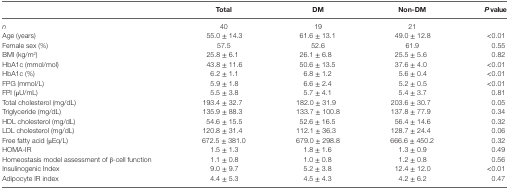
|  | Total | DM | Non-DM | P value |
 | --- | --- | --- | --- | --- |
 | n | 40 | 19 | 21 |  |
 | Age (years) | 55.0 ± 14.3 | 61.6 ± 13.1 | 49.0 ± 12.8 | <0.01 |
 | Female sex (%) | 57.5 | 52.6 | 61.9 | 0.55 |
 | BMI (kg/m2) | 25.8 ± 6.1 | 26.1 ± 6.8 | 25.5 ± 5.6 | 0.82 |
 | HbA1c (mmol/mol) | 43.8 ± 11.6 | 50.6 ± 13.5 | 37.6 ± 4.0 | <0.01 |
 | HbA1c (%) | 6.2 ± 1.1 | 6.8 ± 1.2 | 5.6 ± 0.4 | <0.01 |
 | FPG (mmol/L) | 5.9 ± 1.8 | 6.6 ± 2.4 | 5.2 ± 0.5 | <0.01 |
 | FPI (μU/mL) | 5.5 ± 3.8 | 5.7 ± 4.1 | 5.4 ± 3.7 | 0.81 |
 | Total cholesterol (mg/dL) | 193.4 ± 32.7 | 182.0 ± 31.9 | 203.6 ± 30.7 | 0.05 |
 | Triglyceride (mg/dL) | 135.9 ± 88.3 | 133.7 ± 100.8 | 137.8 ± 77.9 | 0.34 |
 | HDL cholesterol (mg/dL) | 54.6 ± 15.5 | 52.6 ± 16.5 | 56.4 ± 14.6 | 0.32 |
 | LDL cholesterol (mg/dL) | 120.8 ± 31.4 | 112.1 ± 36.3 | 128.7 ± 24.4 | 0.06 |
 | Free fatty acid (μEq/L) | 672.5 ± 381.0 | 679.0 ± 298.8 | 666.6 ± 450.2 | 0.32 |
 | HOMA-IR | 1.5 ± 1.3 | 1.8 ± 1.6 | 1.3 ± 0.9 | 0.49 |
 | Homeostasis model assessment of β-cell function | 1.1 ± 0.8 | 1.0 ± 0.8 | 1.2 ± 0.8 | 0.56 |
 | Insulinogenic Index | 9.0 ± 9.7 | 5.2 ± 3.8 | 12.4 ± 12.0 | <0.01 |
 | Adipocyte IR index | 4.4 ± 5.3 | 4.5 ± 4.3 | 4.2 ± 6.2 | 0.47 |